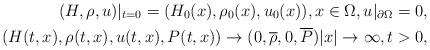
LaTeX: \begin{align*}(H,\rho, u)|_{t=0}=(H_0(x), \rho_0(x), u_0(x)), x\in \Omega, u|_{\partial {\Omega}}=0, \\(H(t,x),\rho(t,x), u(t,x),P(t,x)) \rightarrow (0,\overline{\rho},0,\overline{P}) |x|\rightarrow \infty,t>0,\end{align*}